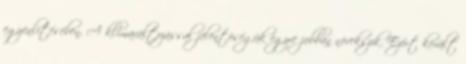
egyenlítésében. A klímaváltozással jelentõségük egyre jobban növekszik. Ezért került